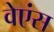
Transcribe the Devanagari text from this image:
वेएंस